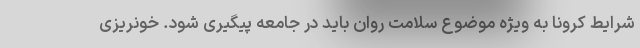
شرایط کرونا به ویژه موضوع سلامت روان باید در جامعه پیگیری شود. خونریزی